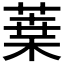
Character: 𦹁